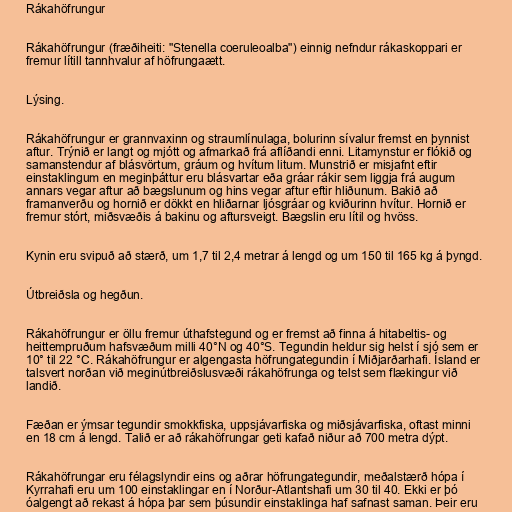
Rákahöfrungur

Rákahöfrungur (fræðiheiti: "Stenella coeruleoalba") einnig nefndur rákaskoppari er
fremur lítill tannhvalur af höfrungaætt.

Lýsing.

Rákahöfrungur er grannvaxinn og straumlínulaga, bolurinn sívalur fremst en þynnist
aftur. Trýnið er langt og mjótt og afmarkað frá aflíðandi enni. Litamynstur er flókið og
samanstendur af blásvörtum, gráum og hvítum litum. Munstrið er misjafnt eftir
einstaklingum en meginþáttur eru blásvartar eða gráar rákir sem liggja frá augum
annars vegar aftur að bægslunum og hins vegar aftur eftir hliðunum. Bakið að
framanverðu og hornið er dökkt en hliðarnar ljósgráar og kviðurinn hvítur. Hornið er
fremur stórt, miðsvæðis á bakinu og aftursveigt. Bægslin eru lítil og hvöss.

Kynin eru svipuð að stærð, um 1,7 til 2,4 metrar á lengd og um 150 til 165 kg á þyngd.

Útbreiðsla og hegðun.

Rákahöfrungur er öllu fremur úthafstegund og er fremst að finna á hitabeltis- og
heittempruðum hafsvæðum milli 40°N og 40°S. Tegundin heldur sig helst í sjó sem er
10° til 22 °C. Rákahöfrungur er algengasta höfrungategundin í Miðjarðarhafi. Ísland er
talsvert norðan við meginútbreiðslusvæði rákahöfrunga og telst sem flækingur við
landið.

Fæðan er ýmsar tegundir smokkfiska, uppsjávarfiska og miðsjávarfiska, oftast minni
en 18 cm á lengd. Talið er að rákahöfrungar geti kafað niður að 700 metra dýpt.

Rákahöfrungar eru félagslyndir eins og aðrar höfrungategundir, meðalstærð hópa í
Kyrrahafi eru um 100 einstaklingar en í Norður-Atlantshafi um 30 til 40. Ekki er þó
óalgengt að rekast á hópa þar sem þúsundir einstaklinga haf safnast saman. Þeir eru